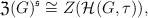
LaTeX: \begin{align*}\mathfrak{Z}(G)^{\mathfrak{s}}\cong Z(\mathcal{H}(G,\tau)),\end{align*}